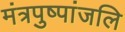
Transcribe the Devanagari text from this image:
मंत्रपुष्पांजलि